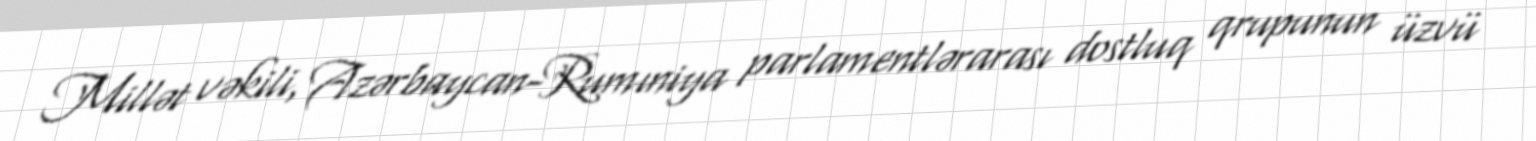
Millət vəkili, Azərbaycan-Rumıniya parlamentlərarası dostluq qrupunun üzvü